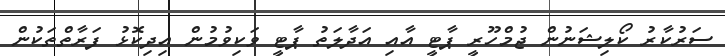
ސަރުކާރު ކޯލިޝަނުން ޖުމްހޫރީ ޕާޓީ އާއި އަދާލަތު ޕާޓީ ވަކިވުމުން އިދިކޮޅު ފަރާތްތަކުން